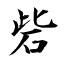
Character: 砦